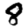
Digit: 8